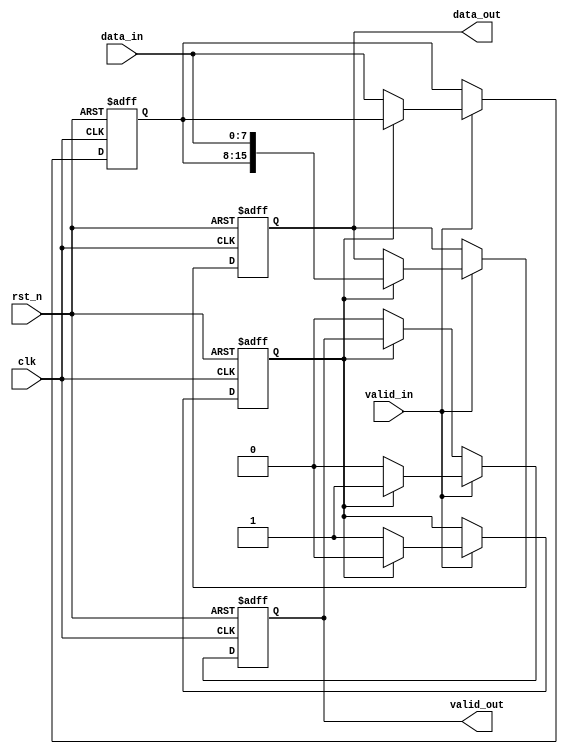
module width_8to16 (
    input wire clk,
    input wire rst_n,
    input wire valid_in,
    input wire [7:0] data_in,
    output reg valid_out,
    output reg [15:0] data_out
);

// Internal signal to hold the first 8-bit data and the flag to indicate its presence
reg [7:0] data_lock;
reg data_lock_valid;

always @(posedge clk or negedge rst_n) begin
    if (!rst_n) begin
        // Reset state: clear registers and output
        data_out <= 16'b0;
        valid_out <= 1'b0;
        data_lock <= 8'b0;
        data_lock_valid <= 1'b0;
    end else begin
        if (valid_in) begin
            if (data_lock_valid) begin
                // If we already have a valid data_lock, concatenate and output
                data_out <= {data_lock, data_in};
                valid_out <= 1'b1;
                data_lock_valid <= 1'b0; // Reset the data_lock_valid flag
            end else begin
                // Store the first part of the data and wait for the next valid input
                data_lock <= data_in;
                data_lock_valid <= 1'b1;
                valid_out <= 1'b0; // Do not assert valid_out yet
            end
        end else if (!data_lock_valid) begin
            // If valid_in is low and we don't have a valid data_lock, keep outputs deasserted
            valid_out <= 1'b0;
        end
        // No else condition here, if valid_in is low but data_lock_valid is true, we wait.
    end
end

endmodule